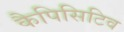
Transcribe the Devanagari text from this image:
कैपिसिटिव